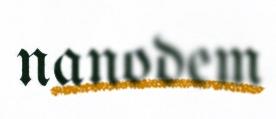
nanodem